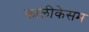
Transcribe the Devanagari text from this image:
कालीकेसम